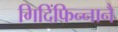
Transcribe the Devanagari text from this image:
गिदिंफिन्‍नानै